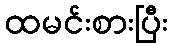
ထမင်းစားပြီး